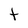
Character: t